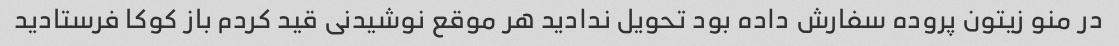
در منو زیتون پروده سفارش داده بود تحویل ندادید هر موقع نوشیدنی قید کردم باز کوکا فرستادید